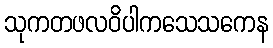
သုကတဖလဝိပါကသေသကေန